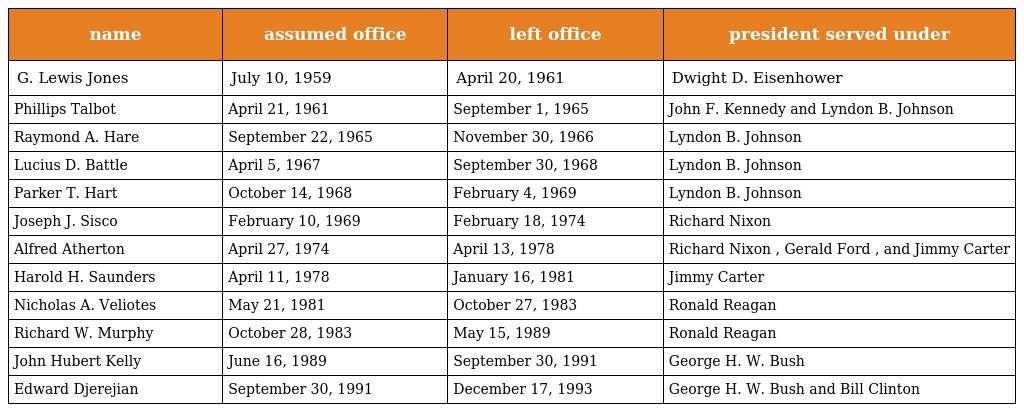
| name | assumed office | left office | president served under |
 | --- | --- | --- | --- |
 | G. Lewis Jones | July 10, 1959 | April 20, 1961 | Dwight D. Eisenhower |
 | Phillips Talbot | April 21, 1961 | September 1, 1965 | John F. Kennedy and Lyndon B. Johnson |
 | Raymond A. Hare | September 22, 1965 | November 30, 1966 | Lyndon B. Johnson |
 | Lucius D. Battle | April 5, 1967 | September 30, 1968 | Lyndon B. Johnson |
 | Parker T. Hart | October 14, 1968 | February 4, 1969 | Lyndon B. Johnson |
 | Joseph J. Sisco | February 10, 1969 | February 18, 1974 | Richard Nixon |
 | Alfred Atherton | April 27, 1974 | April 13, 1978 | Richard Nixon , Gerald Ford , and Jimmy Carter |
 | Harold H. Saunders | April 11, 1978 | January 16, 1981 | Jimmy Carter |
 | Nicholas A. Veliotes | May 21, 1981 | October 27, 1983 | Ronald Reagan |
 | Richard W. Murphy | October 28, 1983 | May 15, 1989 | Ronald Reagan |
 | John Hubert Kelly | June 16, 1989 | September 30, 1991 | George H. W. Bush |
 | Edward Djerejian | September 30, 1991 | December 17, 1993 | George H. W. Bush and Bill Clinton |